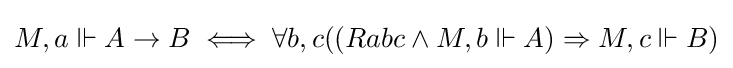
M,a\Vdash A\to B\iff \forall b,c((Rabc\land M,b\Vdash A)\Rightarrow M,c\Vdash B)